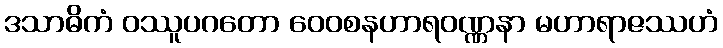
ဒသာဓိကံ ဝဿူပဂတော ဝေဝစနဟာရဝဏ္ဏနာ မဟာရာဇဿဟံ